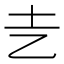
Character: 㐋